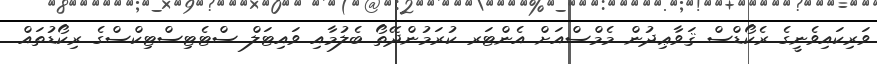
ވަރިކައިވެނީގެ ރެކޯޑްސް ޤަވާޢިދުން މެމްސްއަށް އެންޓަރ ކުރަމުންދޭތޯ ބެލުމާއި ވައިޓަލް ސްޓެޓިސްޓިކްސްގެ ރިކޯޑުތައް